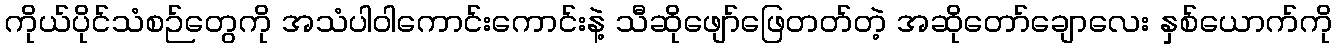
ကိုယ်ပိုင်သံစဉ်တွေကို အသံပါဝါကောင်းကောင်းနဲ့ သီဆိုဖျော်ဖြေတတ်တဲ့ အဆိုတော်ချောလေး နှစ်ယောက်ကို